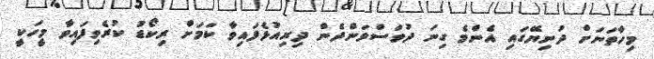
މިހާތަނަށް ދުނިޔޭގައި އެންމެ ގިނަ ދުވަސްވަންދެން ދިރިއުޅެފައިވާ ކަމަށް ރިކޯޑު ކުރެވިފައިވާ މީހަކީ